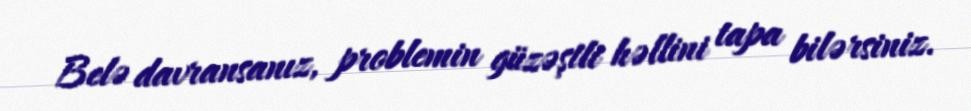
Belə davransanız, problemin güzəştli həllini tapa bilərsiniz.